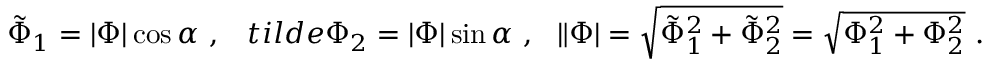
\tilde { \Phi } _ { 1 } = | \Phi | \cos \alpha \ , \ \ \, t i l d e { \Phi } _ { 2 } = | \Phi | \sin \alpha \ , \ \ \| \Phi | = \sqrt { \tilde { \Phi } _ { 1 } ^ { 2 } + \tilde { \Phi } _ { 2 } ^ { 2 } } = \sqrt { \Phi _ { 1 } ^ { 2 } + \Phi _ { 2 } ^ { 2 } } \ .